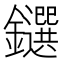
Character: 𨯭